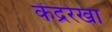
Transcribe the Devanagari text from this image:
केंद्ररेखा